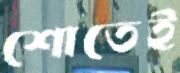
শোতেই